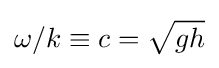
\omega /k\equiv c={\sqrt {gh}}